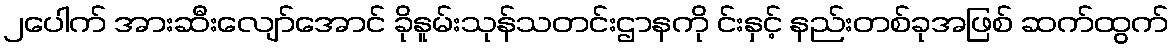
၂ပေါက် အားဆီးလျော်အောင် ခိုနူမ်းသုန်သတင်းဌာနကို င်းနှင့် နည်းတစ်ခုအဖြစ် ဆက်ထွက်